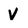
Character: V